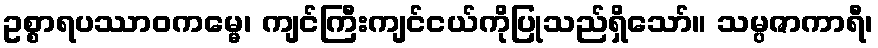
ဥစ္စာရပဿာဝကမ္မေ၊ ကျင်ကြီးကျင်ငယ်ကိုပြုသည်ရှိသော်။ သမ္ပဇာကာရီ၊